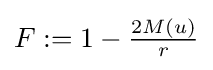
{\textstyle F:=1-{\frac {2M(u)}{r}}}